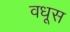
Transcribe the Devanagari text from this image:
वधूस